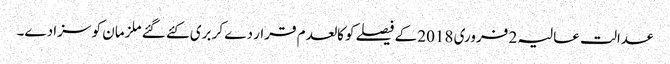
عدالت عالیہ 2 فروری 2018 کے فیصلے کو کالعدم قرار دے کر بری کئے گئے ملزمان کو سزا دے۔